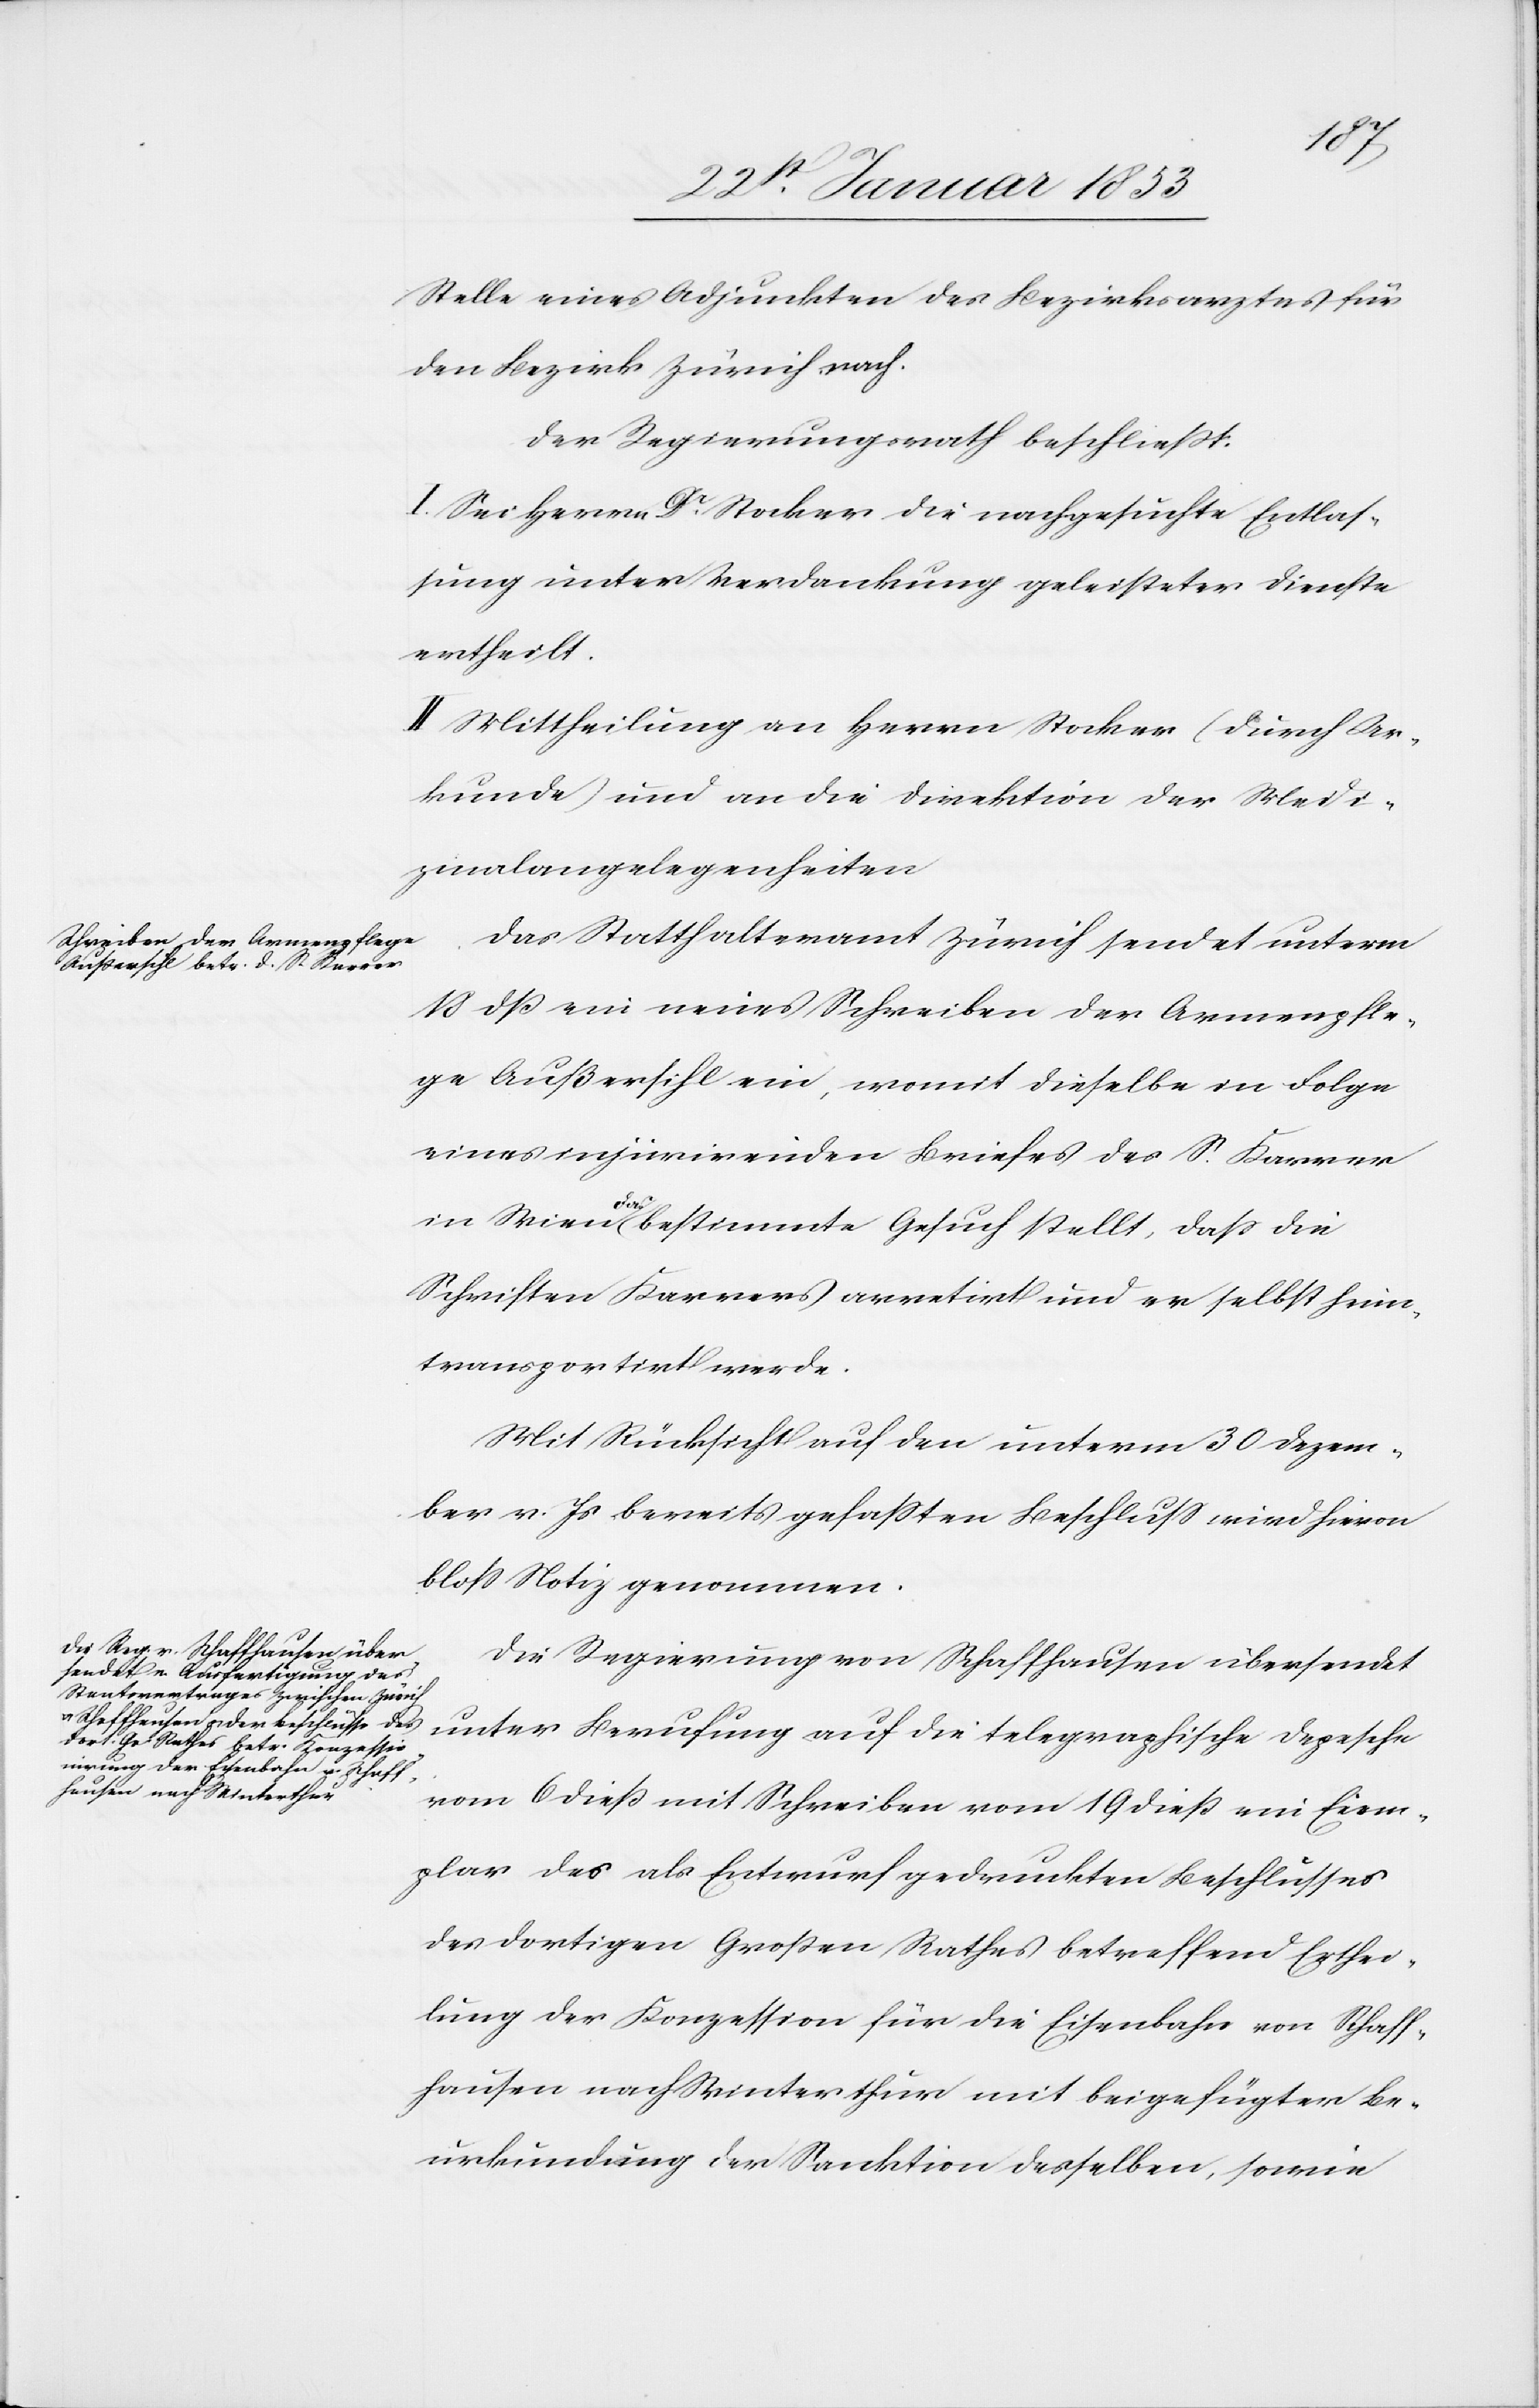
Stelle eines Adjunkten des Bezirksarztes für
den Bezirk Zürich nach.
Der Regierungsrath beschließt.
I. Sei Herrn Dr. Stocker die nachgesuchte Entlaß¬
ung unter Verdankung geleisteter Dienste
ertheilt.
II. Mittheilung an Herrn Stocker (durch Ur¬
kunde) und an die Direktion der Medi¬
zinalangelegenheiten
Das Statthalteramt Zürich sendet unterm
18 dß ein neues Schreiben der Armenpfle¬
ge Außersihl ein, womit dieselbe in Folge
eines injurirenden Briefes des S. Karrer
in Wien das bestimmte Gesuch stellt, daß die
Schriften Karrers arretirt und er selbst Heim
transportirt werde.
Mit Rücksicht auf den unterm 30 Dezem¬
ber v. Js. bereits gefaßten Beschluß wird hievon
bloß Notiz genommen.
Die Regierung von Schaffhausen übersendet
unter Berufung auf die telegraphische Depesche
vom 6 dieß mit Schreiben vom 19 dieß ein Exem¬
plar des als Entwurf gedruckten Beschlusses
des dortigen Großen Rathes betreffend Erthei¬
lung der Konzession für die Eisenbahn von Schaff¬
hausen nach Winterthur mit beigefügter Be¬
urkundung der Sanktion derselben, sowie